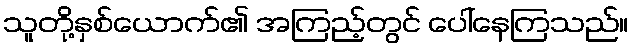
သူတို့နှစ်ယောက်၏ အကြည့်တွင် ပေါ်နေကြသည်။